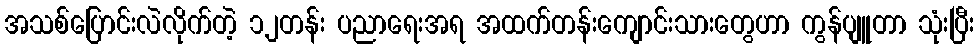
အသစ်ပြောင်းလဲလိုက်တဲ့ ၁၂တန်း ပညာရေးအရ အထက်တန်းကျောင်းသားတွေဟာ ကွန်ပျူတာ သုံးပြီး